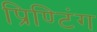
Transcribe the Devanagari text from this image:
प्रिण्टिंग